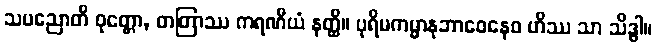
သပညောတိ ဝုတ္တော, တတြာဿ ကရဏီယံ နတ္ထိ။ ပုရိမကမ္မာနုဘာဝေနေဝ ဟိဿ သာ သိဒ္ဓါ။